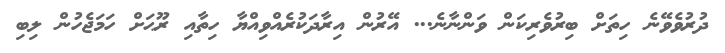
ދުރުވެވޭނެ ހިތަށް ބިރުވެރިކަން ވަންނާނެ... އޭރުން އިރާދަކުރެއްވިއްޔާ ހިތާއި ރޫޙަށް ހަމަޖެހުން ލިބި